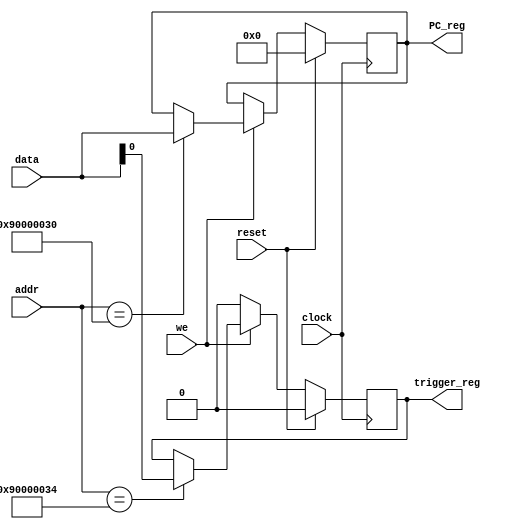
module mm_interrupt #(
  parameter DATA_WIDTH = 32,
  parameter INT_PC_ADDR = 32'h90000030,
  parameter INT_TRIGGER_ADDR = 32'h90000034
) (
  input clock,
  input reset,

  input we,
  input [DATA_WIDTH-1:0] data,
  input [DATA_WIDTH-1:0] addr,

  output reg [DATA_WIDTH-1:0] PC_reg,
  output reg trigger_reg
);

always@(posedge clock) begin
  if (reset) begin
    PC_reg <= {DATA_WIDTH{1'b0}};
  end else if(we) begin
    PC_reg <= (addr == INT_PC_ADDR) ? data : PC_reg;
  end else begin
    PC_reg <= PC_reg;
  end
end // always

always@(posedge clock) begin
  if (reset) begin
    trigger_reg <= 1'b0;
  end else if(we) begin
    trigger_reg <= (addr == INT_TRIGGER_ADDR) ? data[0] : trigger_reg;
  end else begin
    trigger_reg <= 1'b0; // Do not leave the trigger high for more than 1 cycle
  end
end // always




endmodule